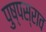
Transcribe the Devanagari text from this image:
पुष्पस्राव